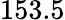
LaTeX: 153.5